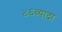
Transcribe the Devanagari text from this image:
४६व्यांदा